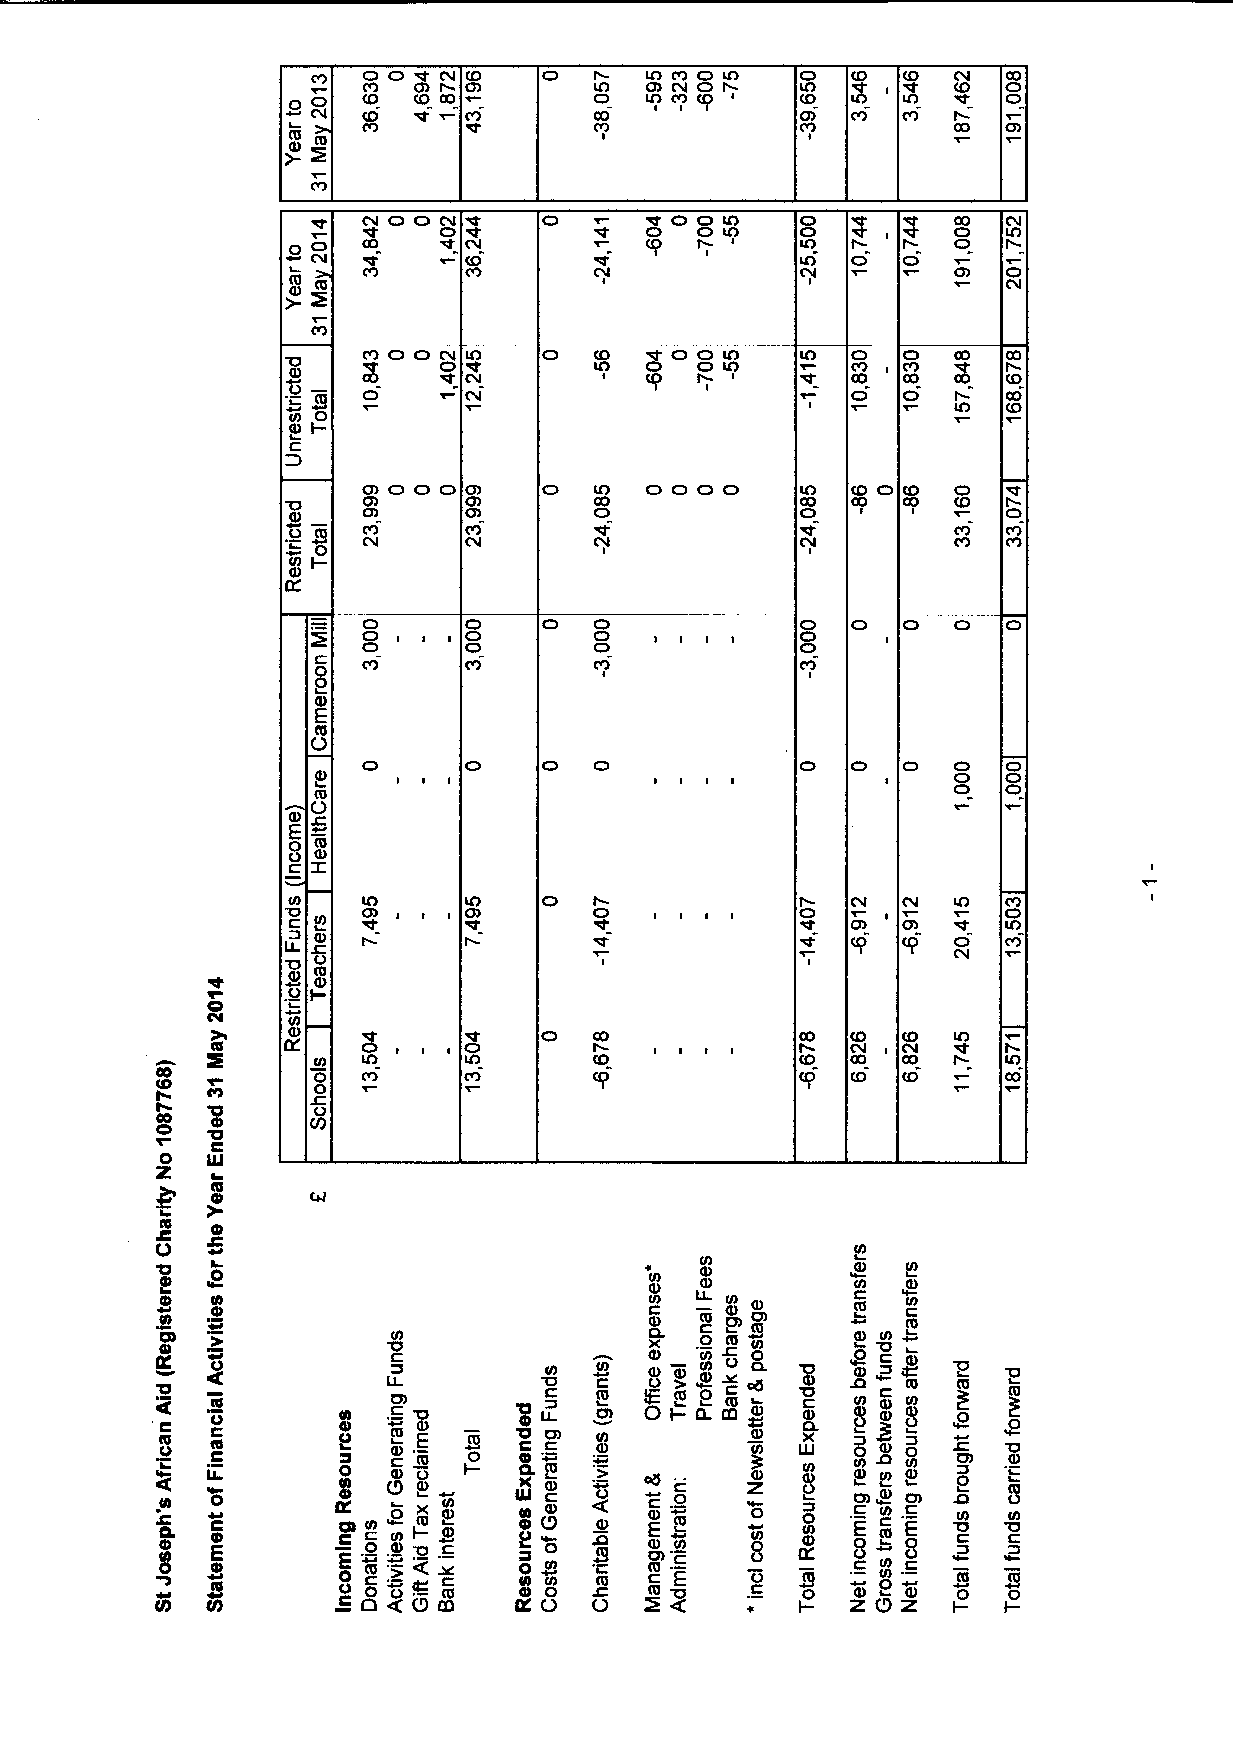
4
 p
 0  CO F Ol O C CAD CC OV l OA I C lAA D CY 4) O O NlA O ClA
 O
 OCO
 tA             CO            CD
 L
 t6                   I
 ~p
 I m
 CTO V C C'C GlROON O CO $ QP O O P lA I O O l lA A O O O
 CD
 C l OAV
 P) O O CO4 lA  C lAO O'4 O O OlptA O
 C4               I       CA
 O      Al                       O
 CD O O O       lA  OOOO      lA CO  CO
 CD             COA           COO CQ 66
 6I   CD
 O
 0  CV                           CV
 tD
 tD
 O      O       O             O
 O      O       O             O
 O I I  O       O             O
 8
 O
 O   O
 tD                                        O O O O
 C6
 O
 6
 E
 0
 C6
 O XtD
 lA                                     lA
 O             O             O
 tD                                     CD     lA
 tD                                        O
 O
 I
 C6
 Im-
 CI
 O                            Cp
 CV
 t0D       IA                           OO
 0                                      CA
 0
 Co
 C
 LLI
 t6
 tD
 M             to
 CeD
 V)
 C
 C    u) m     t6
 tD
 tD
 t0 XD. m C0 ~o
 L
 t6)9C 0D
 t 0ID 'QtD
 t6
 O
 t 06
 L CL
 D
 C   060l It6
 -
 Lv tD L) w IXO
 I 6I m
 m
 tD
 C
 6I
 86 mI 'O m
 0
 t 0O 6
 tC C6   Q   mmE     D C CCD t 6D I  t tD6 UX J g e 0O Z 0
 L 0
 Ce
 Et-     m
 g CC0D
 QC 0
 t
 6)DD
 I
 I
 ~tO I XD
 6- 6
 CtD
 I
 :
 F mL QL 06
 C8tD l
 + PC p Z 0
 8
 I8
 X:
 .I CC
 E
 8D~
 ~t
 mm 6 DI t L C
 E
 8O D D C 0
 t
 ODD C E OD
 OP8J l  &0 C Cm 0 I cC G& It X6 I Ig X,' Ot tD h O6I 5O I9 P Z 5th 6I I6 0 -I Im 0 -